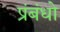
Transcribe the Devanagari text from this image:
प्रंबंधो